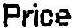
PRICE